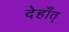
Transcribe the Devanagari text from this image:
देहाँत्